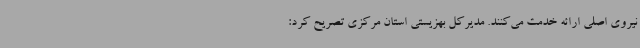
نیروی اصلی ارائه خدمت می‌کنند. مدیرکل بهزیستی استان مرکزی تصریح کرد: